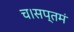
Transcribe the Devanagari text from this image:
च।सप्तमं